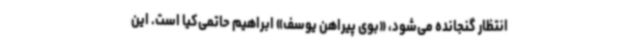
انتظار گنجانده می‌شود، «بوی پیراهن یوسف» ابراهیم حاتمی‌کیا است. این